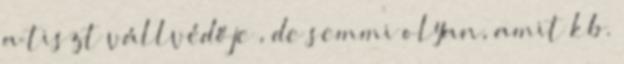
a tiszt vállvédője , de semmi olyan, amit kb.